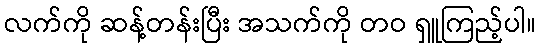
လက်ကို ဆန့်တန်းပြီး အသက်ကို တဝ ရှူကြည့်ပါ။